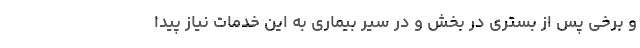
و برخی پس از بستری در بخش و در سیر بیماری به این خدمات نیاز پیدا